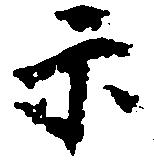
示